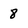
Character: 8